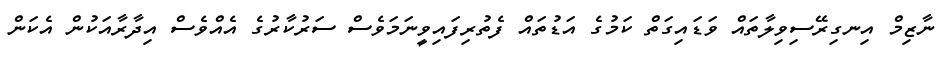
ނާޒިމް އިނގިރޭސިވިލާތައް ވަޑައިގަތް ކަމުގެ އަޑުތައް ފެތުރިފައިވީނަމަވެސް ސަރުކާރުގެ އެއްވެސް އިދާރާއަކުން އެކަން